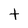
Character: t